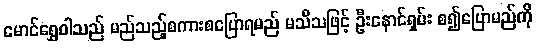
မောင်ရွှေဝါသည် မည်သည့်စကားစပြောရမည် မသိသဖြင့် ဦးနောင်ရှမ်း စ၍ပြောမည်ကို